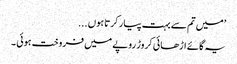
’میں تم سے بہت پیار کرتا ہوں ...
یہ گائے اڑھائی کروڑ روپے میں فروخت ہوئی ۔